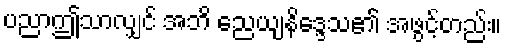
ပညာဤသာလျှင် အဘိ ညေယျနိဒ္ဒေသ၏ အဖွင့်တည်း။